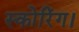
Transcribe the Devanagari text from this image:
स्कोरिंग।